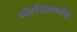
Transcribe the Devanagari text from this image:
अंतरिक्षयात्रीयो